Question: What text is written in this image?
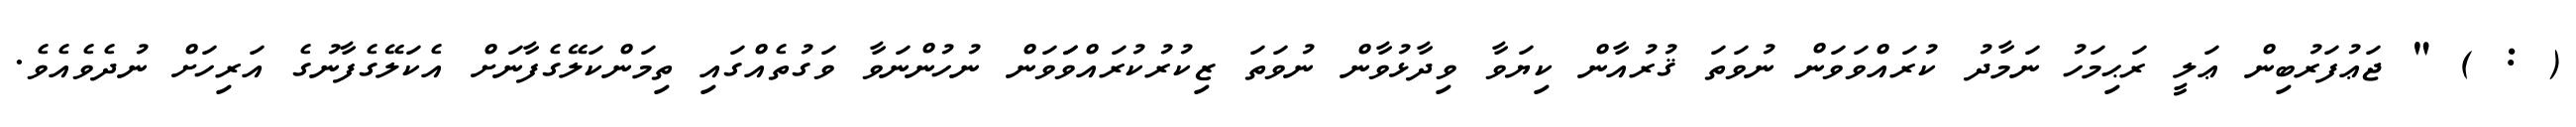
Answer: ( : ) " ޖަޢުފަރުބިން ޢަލީ ރަޙިމަހު ނަމާދު ކުރައްވަވަން ނުވަތަ ޤުރުއާން ކިޔަވާ ވިދާޅުވާން ނުވަތަ ޒިކުރުކުރައްވަަވަން ނުހުންނަވާ ވަގުތެއްގައި ތިމަންކަލޭގެފާނަށް އެކަލޭގެފާނުގެ އަރިހަށް ނުދެވެއެވެ.